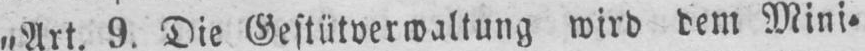
„Art. 9. Die Gestütverwaltung wird dem Mini⸗